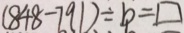
( 8 4 8 - 7 9 1 ) \div b = \square